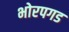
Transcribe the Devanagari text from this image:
भोरपगड